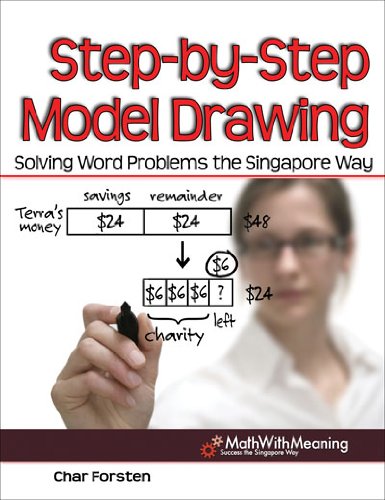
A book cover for Step by Step Model Drawing: Solving Word Problems the Singapore Way; Char Forsten; Science & Math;